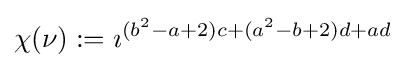
\chi (\nu ):=\imath ^{(b^{2}-a+2)c+(a^{2}-b+2)d+ad}